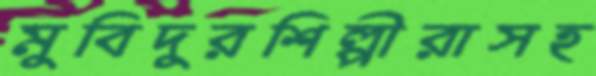
মুবিদুরশিল্পীরাসহ